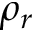
\rho _ { r }